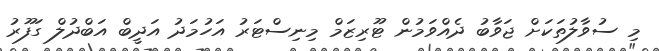
މި ސުވާލުތަކަށް ޖަވާބު ދެއްވަމުން ޓޫރިޒަމް މިނިސްޓަރު އަހުމަދު އަދީބް އަބްދުލް ގަފޫރު